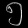
Digit: ၅